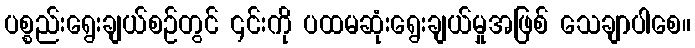
ပစ္စည်းရွေးချယ်စဉ်တွင် ၎င်းကို ပထမဆုံးရွေးချယ်မှုအဖြစ် သေချာပါစေ။